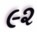
૯૨